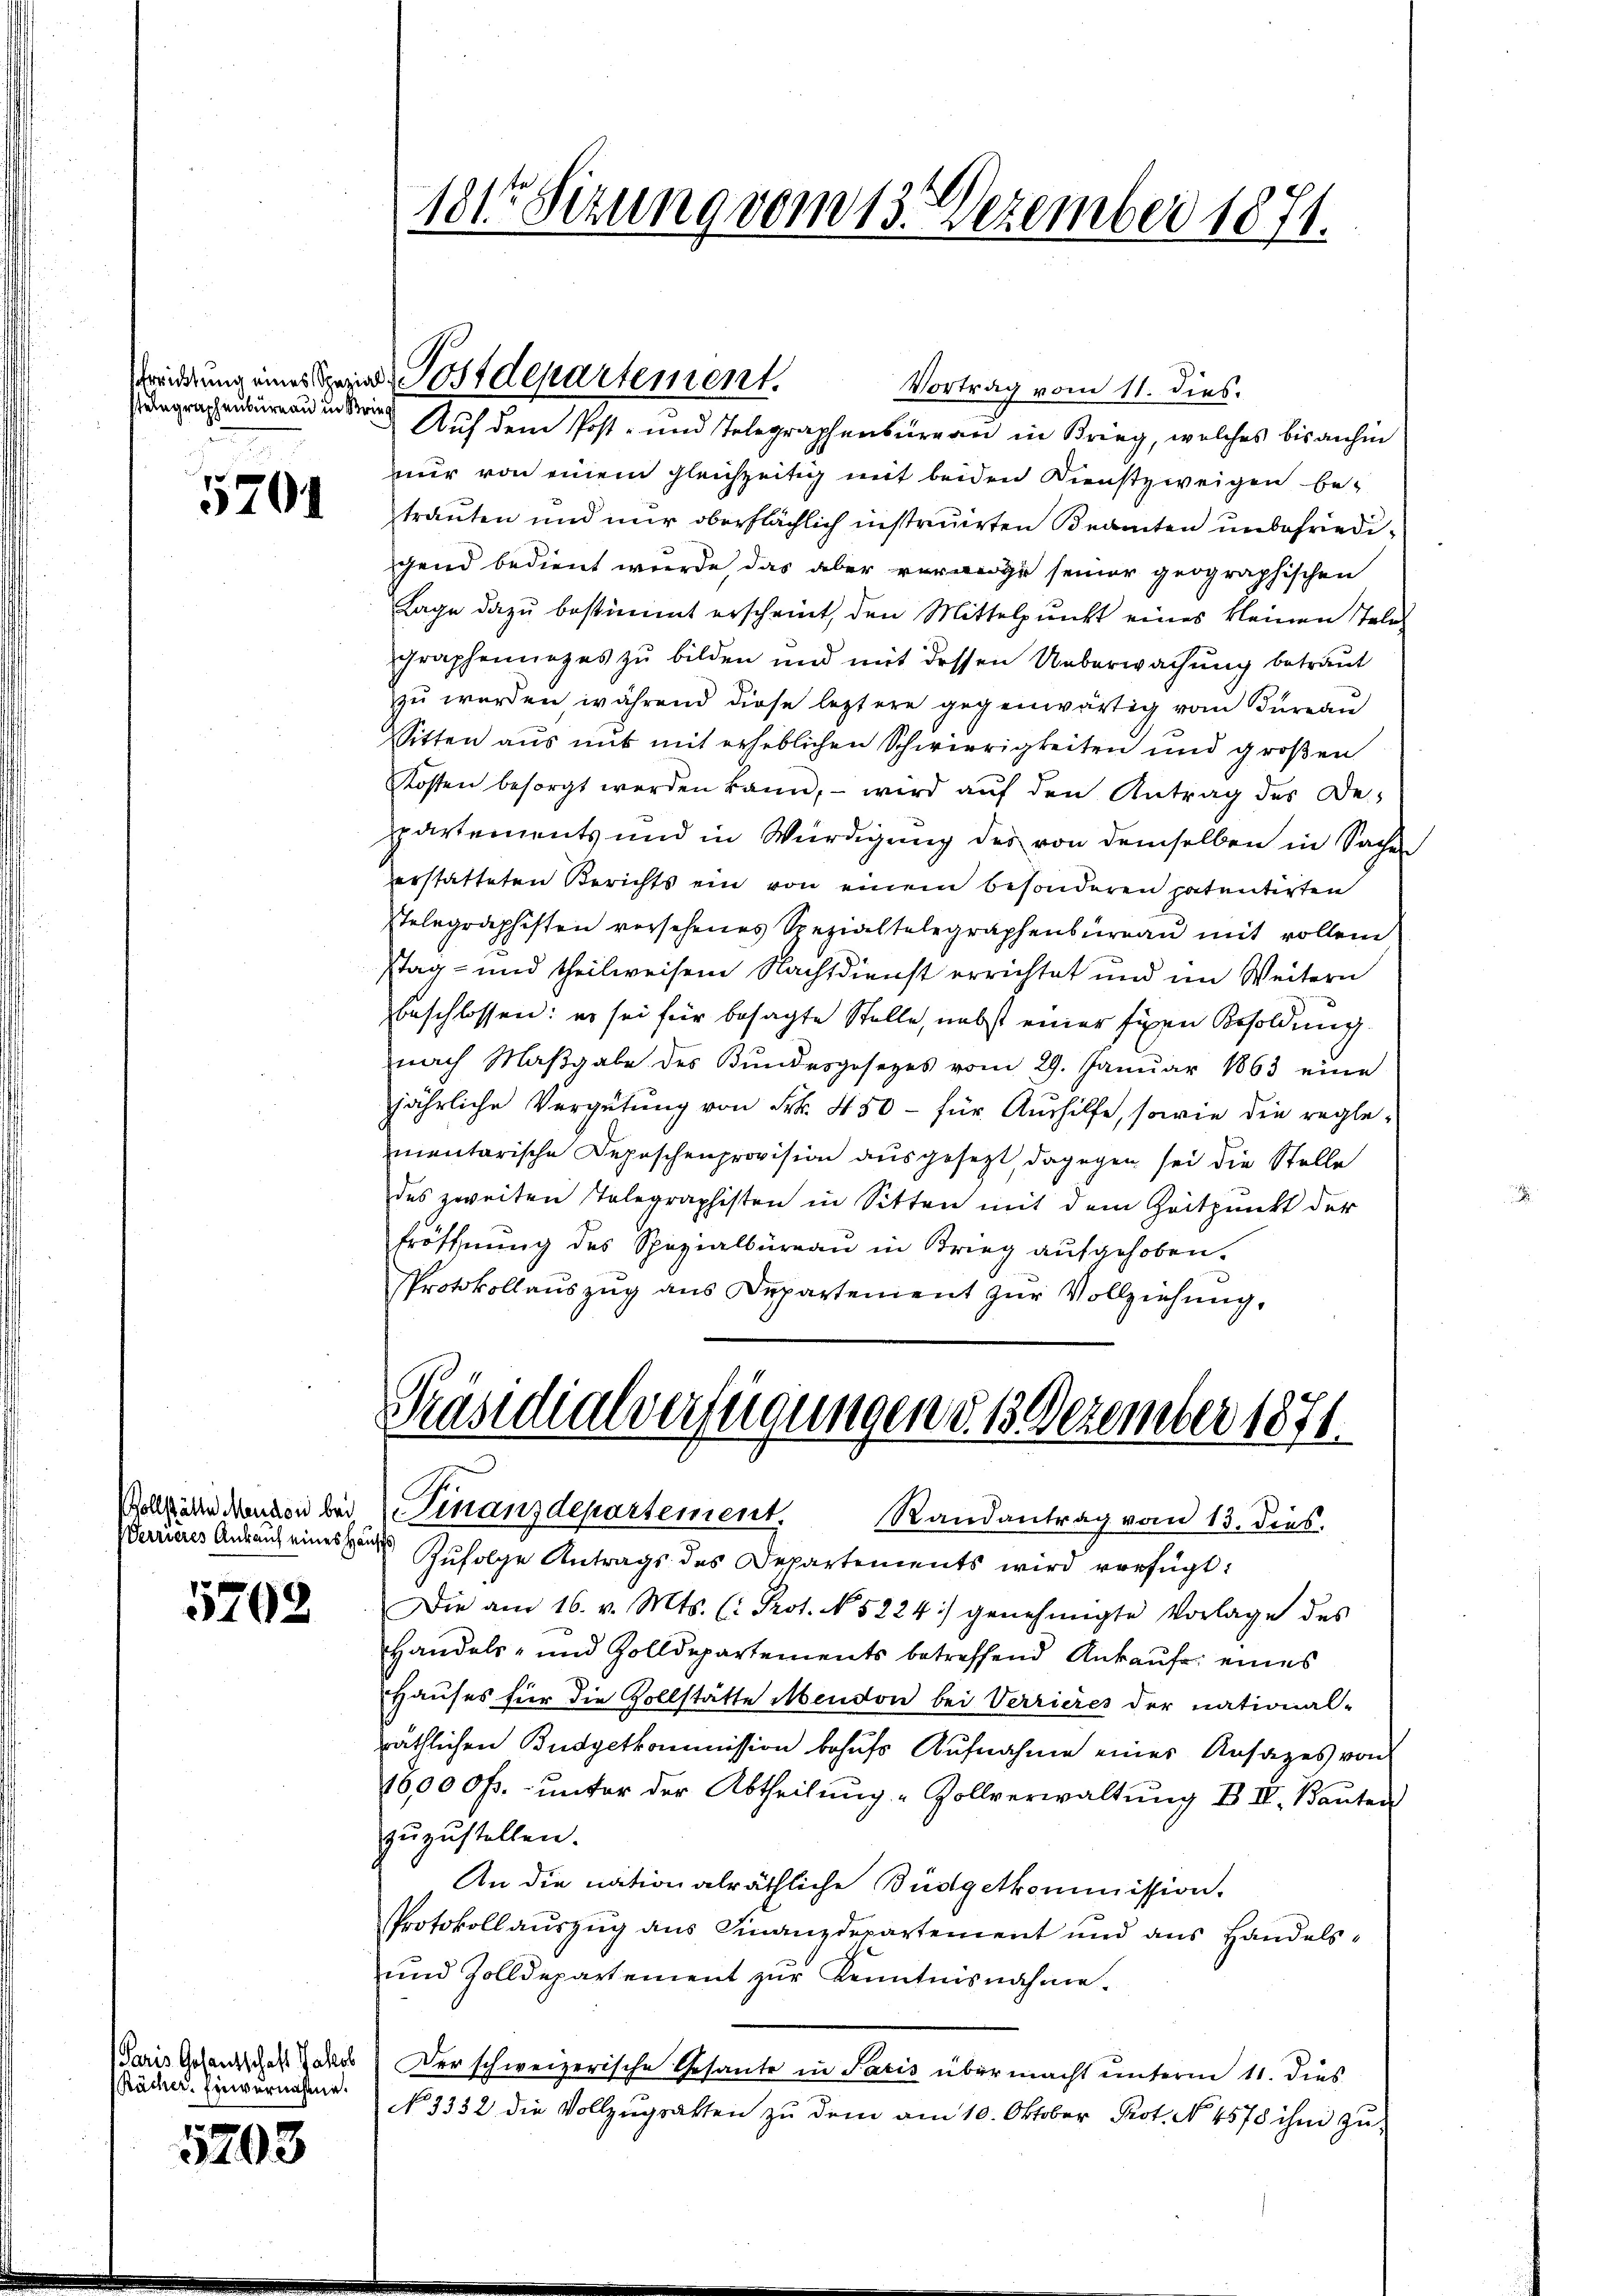
telegraphenbüreau in Brie

5204

Verrieres Ankauf eines Hause

5708

Paris Gesantschaft Jakob
Rächer. Einvernahme.

5203

Vortrag vom 11. dies.
Auf dem Post- und Telegraphensurgau in Krieg, welches bis anhin
nur von einem gleichzeitig mit beiden Dienstzweigen be-
trauten und nur oberflächlich instruirten Beamten unbefriedigend bedient wurde, das aber vorge seiner geographischen
Lage dazu bestimmt erscheint, den Mittelpunkt eines kleinen Telegraphenunzes zu bilden und mit dessen Ueberwachung betraut
zu werden, während diese leztere gegenwärtig vom Bureau
Sitten aus mit mit erheblichen Schwierigkeiten und großen
Kosten besorgt werden kann, – wird auf den Antrag des Departements und in Würdigung des von demselben in Sachen
erstatteten Berichts ein von einem besonderen patentirten
stelegraphisten versehenes Spezialtalegraphenbureau mit vollen
stag- und theilweisen Nachsdienst errichtet und im Weitern
beschlossen: es sei für besagte Stelle, nebst einer fixen Besoldung
nach Maβgabe des Bŭndesgesetzes vom 29. Januar 1863 eine
jährliche Vergütung von Frk. 450 - für Aushilfe, sowie die reglementarische Depeschenprovision ausgesezt, dagegen sei die Stelle
des zweiten Telegraphisten in Sitten mit dem Zeitpunkt der
Eröffnung des Spezialbüreau in Krieg aufgehoben.
Protokollaŭszŭg ans Departement zŭr Vollziehung.

181te Sitzung vom 13. Dezember 1871.

redung eines Sein Postdepartement.

J
Präsidialverfügungen d. 13. Dezember 1871.
Vollzähe denken bei (Finanzdepartement. Randantrag vom 13. dies

Zufolge Antrags des Departements wird verfügt:
Die am 16. v. Mts. (: Prot. N. 5224) genehmigte Vorlage des
Handels- und Zolldepartements betreffend Ankauf eines
Hauses für die Zollstätte Mendon bei Verrieres der national-
räthlichen Budgetkommission behufs Aufnahme einer Ansatzes von
16,000 fr. unter der Abtheilŭng-Zollverwaltŭng B II. Baŭten
zuzustellen.
An die nationalräthliche Büdgetkommission.
Protokollauszug aus Finanzdepartement und aus Handels¬
und Zolldepartement zur Kenntnisnahme.
Der schweizerische Gesante in Paris übermacht unterm 11. dies
No. 3332 die Vollzŭgratten zu dem am 10. Oktober Prot. No. 4578 ihm zu